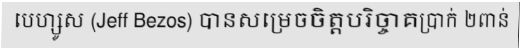
បេហ្សូស (Jeff Bezos) បានសម្រេចចិត្តបរិច្ចាគប្រាក់ ២ពាន់